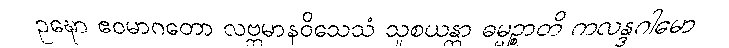
ဥဍ္ဎော ဧဝမာဂတော လဗ္ဘမာနဝိသေသံ သူစယန္တာ ဓမ္မဉ္စာတိ ကလန္ဒဂါမော